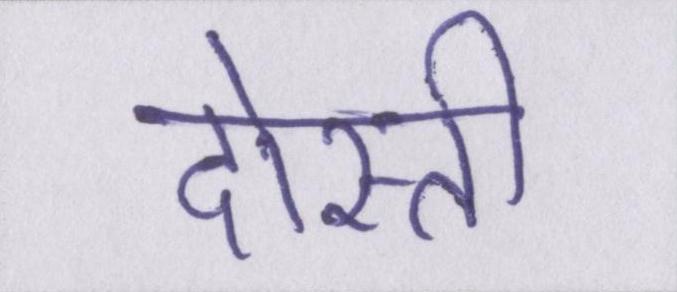
दोस्ती